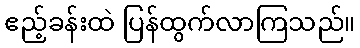
ဧည့်ခန်းထဲ ပြန်ထွက်လာကြသည်။